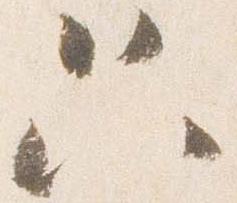
只